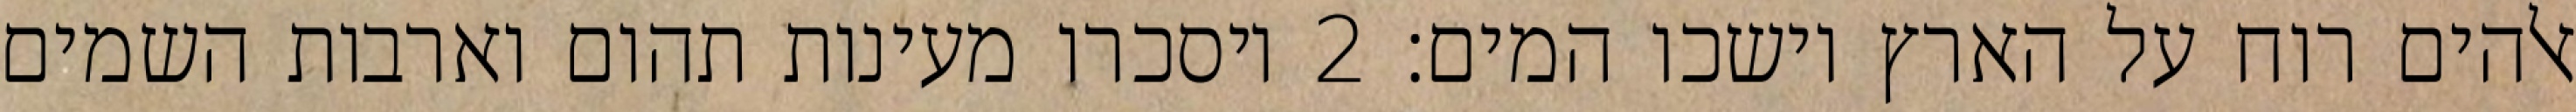
אלהים רוח על הארץ וישכו המים׃ ‎2‏ ויסכרו מעינות תהום וארבות השמים